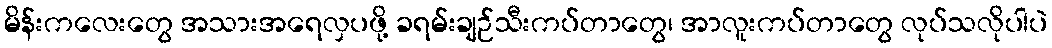
မိန်းကလေးတွေ အသားအရေလှပဖို့ ခရမ်းချဉ်သီးကပ်တာတွေ၊ အာလူးကပ်တာတွေ လုပ်သလိုပါပဲ